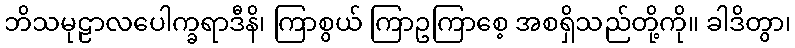
ဘိသမုဠာလပေါက္ခရာဒီနိ၊ ကြာစွယ် ကြာဥကြာစေ့ အစရှိသည်တို့ကို။ ခါဒိတွာ၊